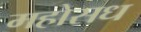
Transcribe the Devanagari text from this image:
महोसध